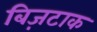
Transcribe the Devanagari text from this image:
बिज़टाक